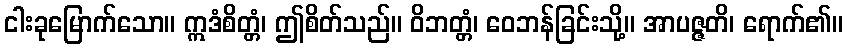
ငါးခုမြောက်သော။ ဣဒံစိတ္တံ၊ ဤစိတ်သည်။ ဝိဘတ္တံ၊ ဝေဘန်ခြင်းသို့။ အာပဇ္ဇတိ၊ ရောက်၏။